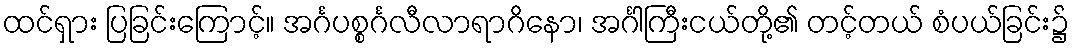
ထင်ရှား ပြခြင်းကြောင့်။ အင်္ဂပစ္စင်္ဂလီလာရာဂိနော၊ အင်္ဂါကြီးငယ်တို့၏ တင့်တယ် စံပယ်ခြင်း၌